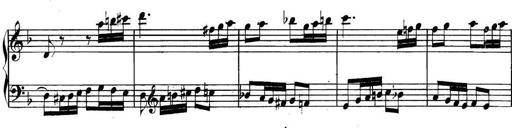
Title: Collected Piano Sonatas
Composer: Muzio Clementi